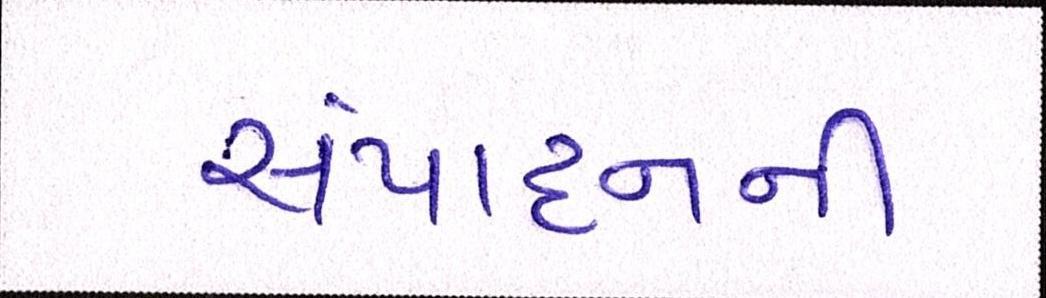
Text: સંપાદનની